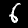
Label: 6